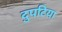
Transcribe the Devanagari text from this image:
दुपटिया